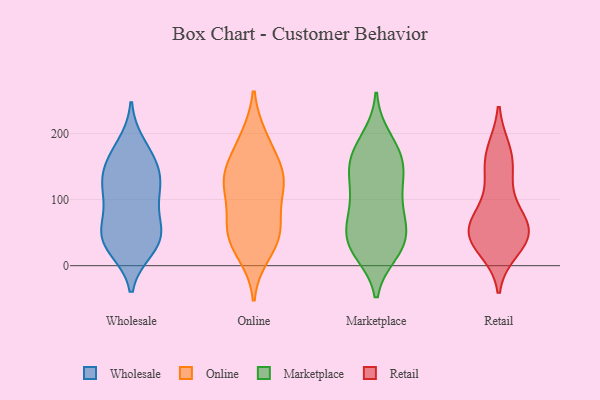
{"axis": {"x": "Satisfaction Score", "y": "Value"}, "legend": ["Marketplace", "Online", "Retail", "Wholesale"], "data": [{"x": "", "y": 160, "type": "Wholesale"}, {"x": "", "y": 38, "type": "Wholesale"}, {"x": "", "y": 115, "type": "Wholesale"}, {"x": "", "y": 52, "type": "Wholesale"}, {"x": "", "y": 103, "type": "Wholesale"}, {"x": "", "y": 138, "type": "Wholesale"}, {"x": "", "y": 34, "type": "Wholesale"}, {"x": "", "y": 163, "type": "Wholesale"}, {"x": "", "y": 26, "type": "Wholesale"}, {"x": "", "y": 37, "type": "Wholesale"}, {"x": "", "y": 77, "type": "Wholesale"}, {"x": "", "y": 132, "type": "Wholesale"}, {"x": "", "y": 121, "type": "Wholesale"}, {"x": "", "y": 57, "type": "Wholesale"}, {"x": "", "y": 182, "type": "Wholesale"}, {"x": "", "y": 131, "type": "Online"}, {"x": "", "y": 193, "type": "Online"}, {"x": "", "y": 72, "type": "Online"}, {"x": "", "y": 118, "type": "Online"}, {"x": "", "y": 129, "type": "Online"}, {"x": "", "y": 57, "type": "Online"}, {"x": "", "y": 188, "type": "Online"}, {"x": "", "y": 147, "type": "Online"}, {"x": "", "y": 55, "type": "Online"}, {"x": "", "y": 33, "type": "Online"}, {"x": "", "y": 46, "type": "Online"}, {"x": "", "y": 143, "type": "Online"}, {"x": "", "y": 18, "type": "Online"}, {"x": "", "y": 116, "type": "Online"}, {"x": "", "y": 182, "type": "Marketplace"}, {"x": "", "y": 110, "type": "Marketplace"}, {"x": "", "y": 158, "type": "Marketplace"}, {"x": "", "y": 30, "type": "Marketplace"}, {"x": "", "y": 193, "type": "Marketplace"}, {"x": "", "y": 142, "type": "Marketplace"}, {"x": "", "y": 40, "type": "Marketplace"}, {"x": "", "y": 42, "type": "Marketplace"}, {"x": "", "y": 159, "type": "Marketplace"}, {"x": "", "y": 30, "type": "Marketplace"}, {"x": "", "y": 26, "type": "Marketplace"}, {"x": "", "y": 21, "type": "Marketplace"}, {"x": "", "y": 81, "type": "Marketplace"}, {"x": "", "y": 166, "type": "Marketplace"}, {"x": "", "y": 68, "type": "Marketplace"}, {"x": "", "y": 125, "type": "Marketplace"}, {"x": "", "y": 67, "type": "Marketplace"}, {"x": "", "y": 138, "type": "Marketplace"}, {"x": "", "y": 89, "type": "Marketplace"}, {"x": "", "y": 59, "type": "Retail"}, {"x": "", "y": 76, "type": "Retail"}, {"x": "", "y": 149, "type": "Retail"}, {"x": "", "y": 41, "type": "Retail"}, {"x": "", "y": 49, "type": "Retail"}, {"x": "", "y": 84, "type": "Retail"}, {"x": "", "y": 26, "type": "Retail"}, {"x": "", "y": 43, "type": "Retail"}, {"x": "", "y": 43, "type": "Retail"}, {"x": "", "y": 51, "type": "Retail"}, {"x": "", "y": 132, "type": "Retail"}, {"x": "", "y": 171, "type": "Retail"}, {"x": "", "y": 173, "type": "Retail"}]}